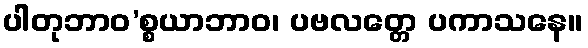
ပါတုဘာဝ’စ္စယာဘာဝ၊ ပဗလတ္တေ ပကာသနေ။